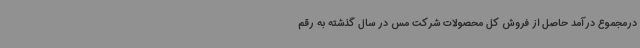
درمجموع درآمد حاصل از فروش کل محصولات شرکت مس در سال گذشته به رقم